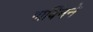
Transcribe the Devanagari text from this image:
गार्बिनने